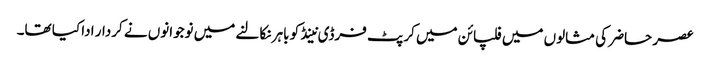
عصر حاضر کی مثالوں میں فلپائن میں کرپٹ فرڈی نینڈ کو باہر نکالنے میں نوجوانوں نے کردار ادا کیا تھا۔